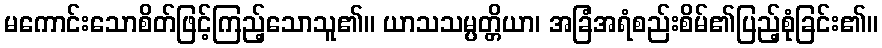
မကောင်းသောစိတ်ဖြင့်ကြည့်သောသူ၏။ ယာသသမ္ပတ္တိယာ၊ အခြံအရံစည်းစိမ်၏ပြည့်စုံခြင်း၏။